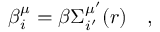
\beta _ { i } ^ { \mu } = \beta \Sigma _ { i ^ { \prime } } ^ { \mu ^ { \prime } } ( r ) \quad ,